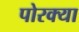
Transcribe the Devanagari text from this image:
पोरक्या